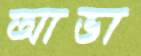
আভা